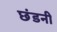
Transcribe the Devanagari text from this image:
छंडनी